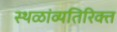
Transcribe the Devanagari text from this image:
स्थळांव्यतिरिक्त